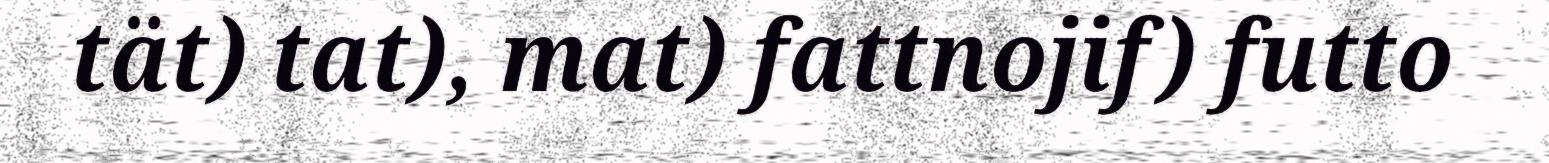
tät) tat), mat) fattnojif) futto